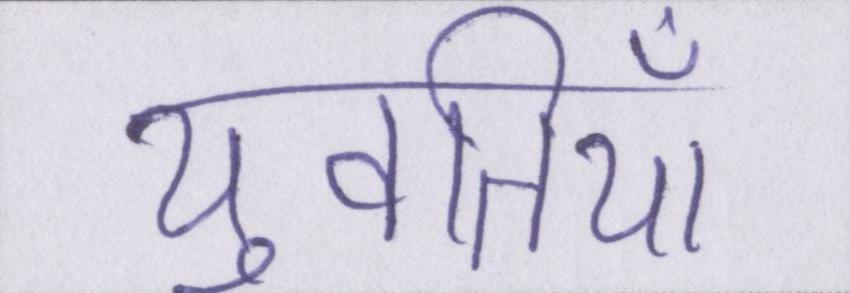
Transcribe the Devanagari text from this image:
युवतियाँ